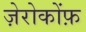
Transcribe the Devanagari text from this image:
ज़ेरोकोंफ़